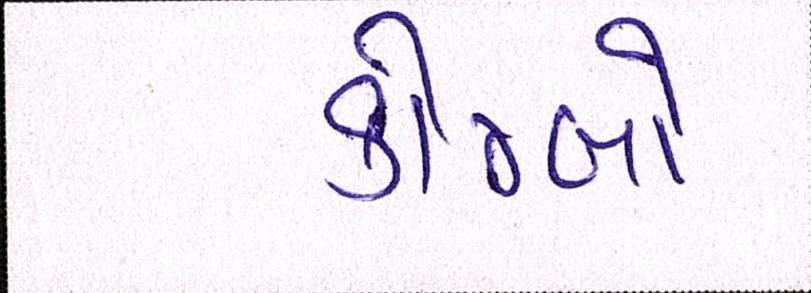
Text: કોમ્બો